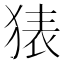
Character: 𰡜